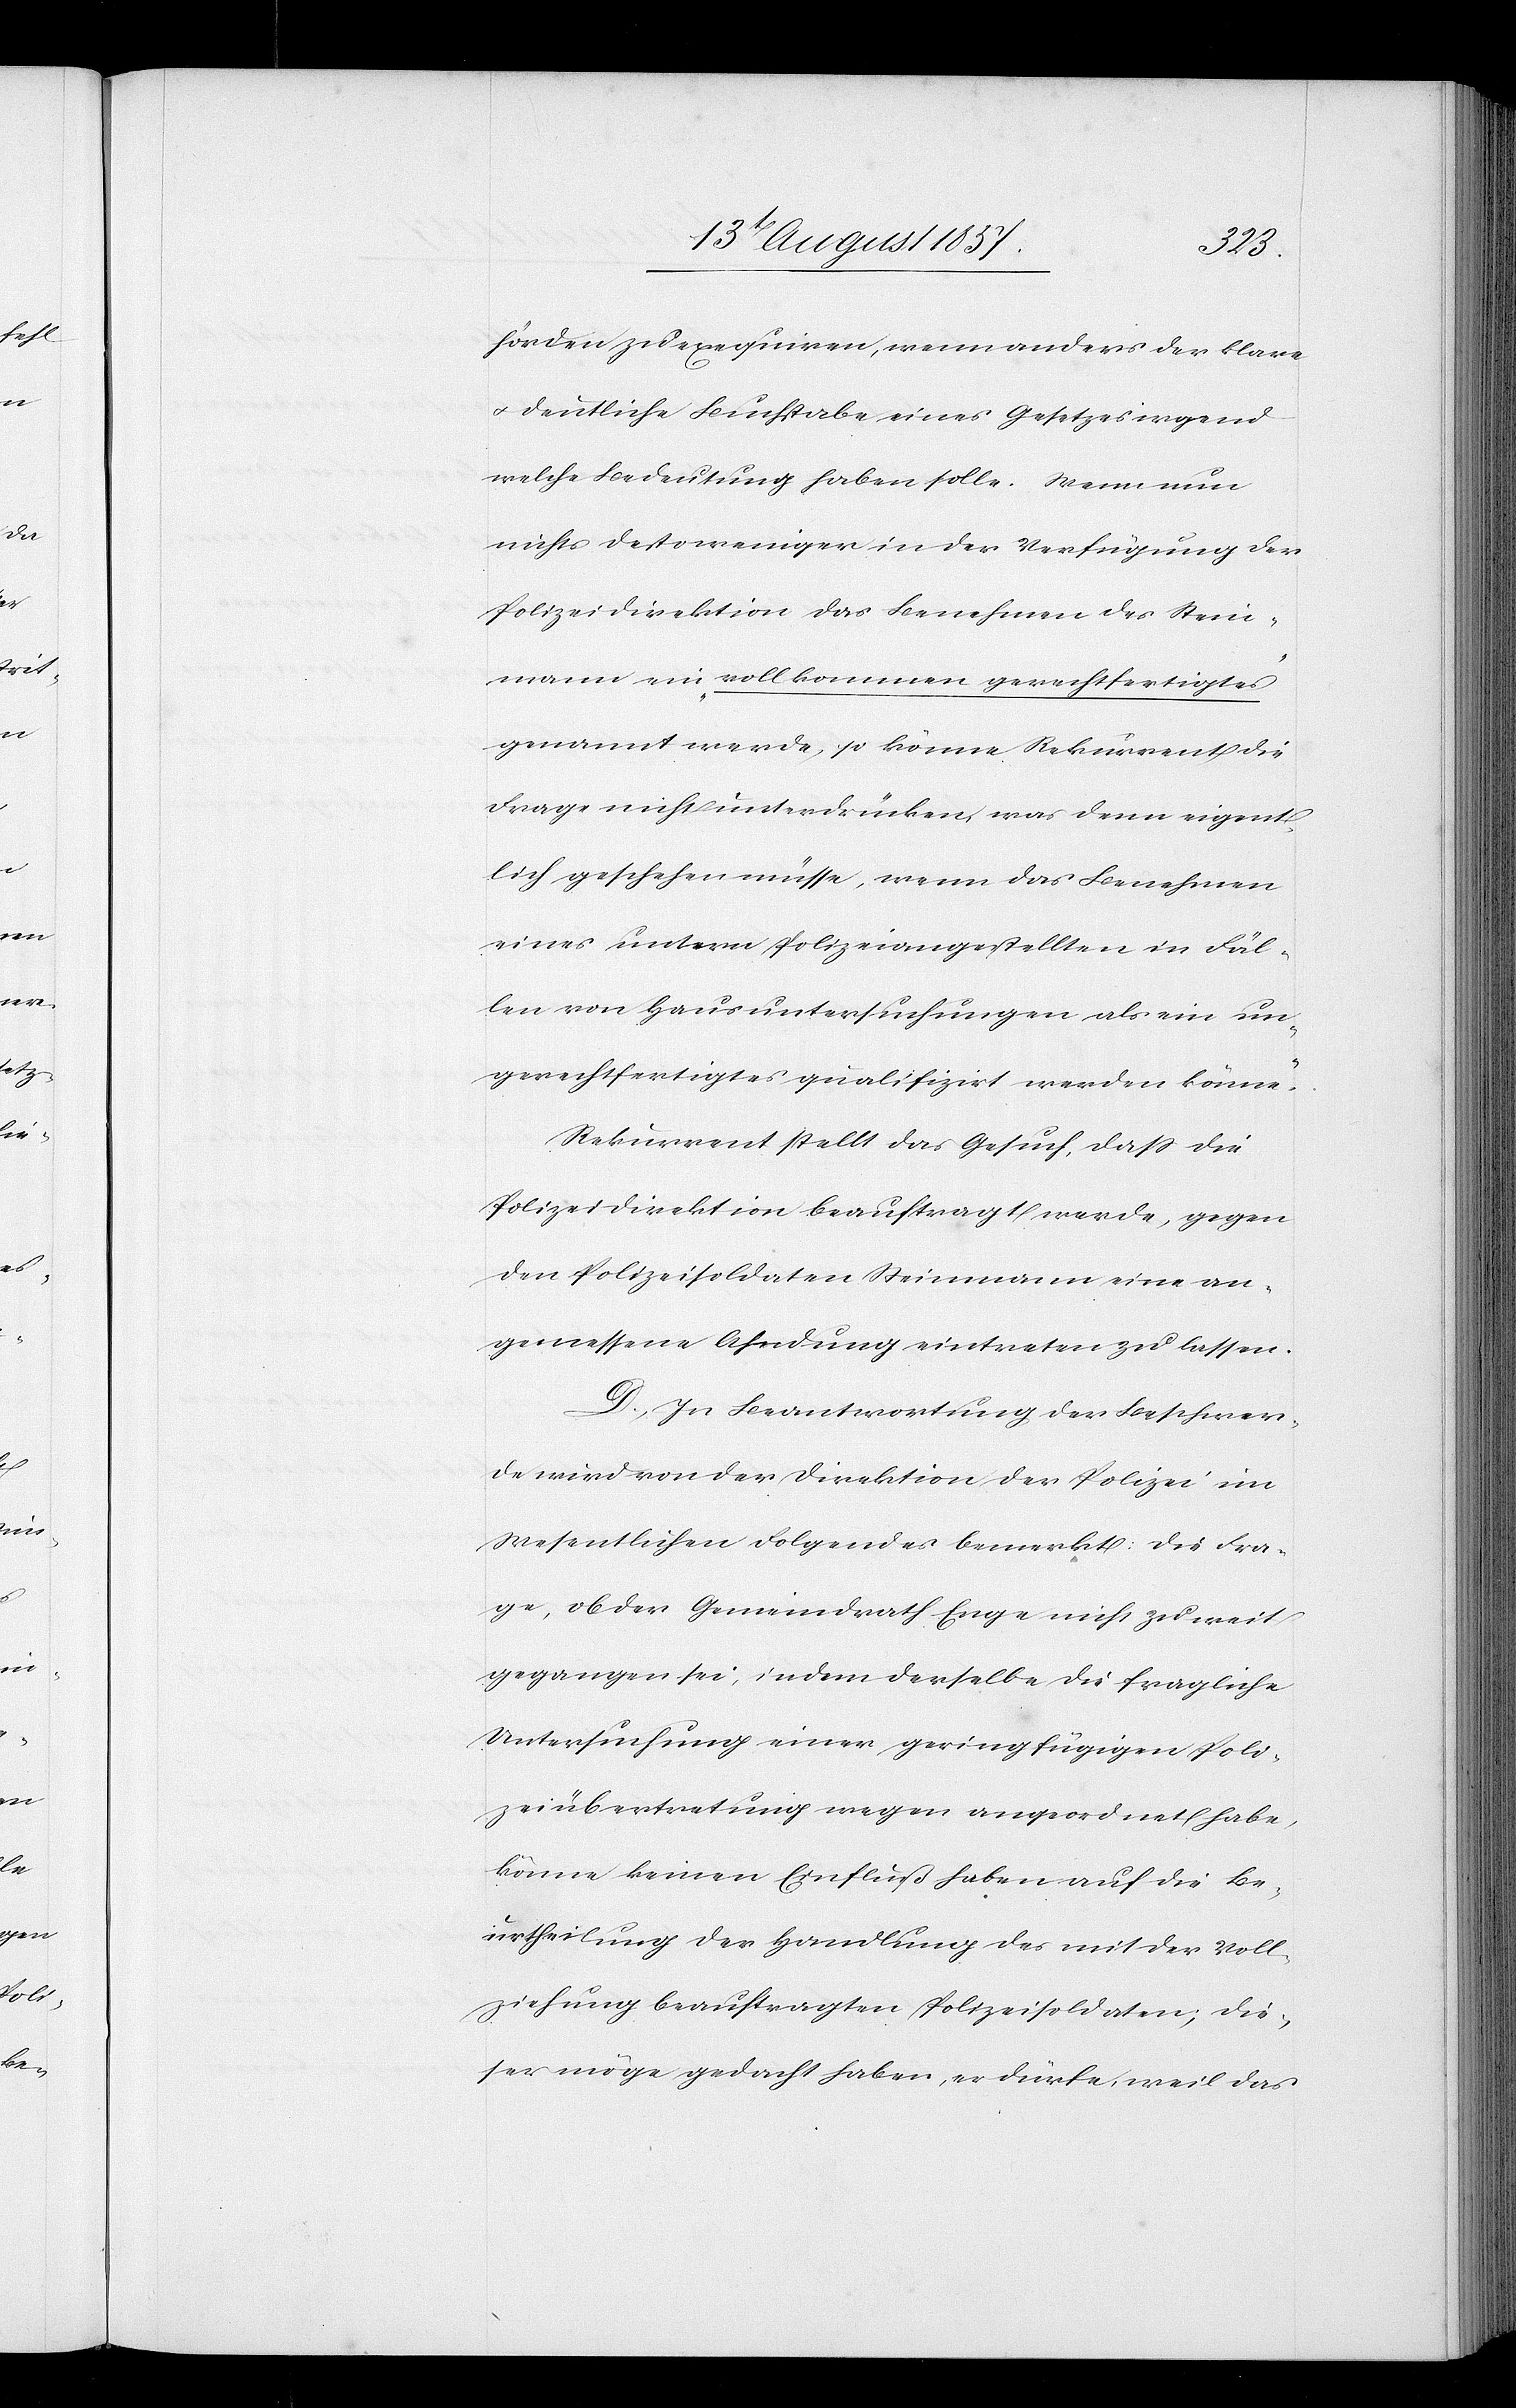
hörden zu exequiren, wenn anders der klare
& deutliche Buchstabe eines Gesetzes irgend¬
welche Bedeutung haben solle. Wenn nun
nichts destoweniger in der Verfügung der
Polizeidirektion das Benehmen des Stein¬
mann ein „vollkommen gerechtfertigtes“
genannt werde, so könne Rekurrent die
Frage nicht unterdrücken was denn eigent¬
lich geschehen müsse, wenn das Benehmen
eines untern Poilzeiangestellten in Fäl¬
len von Hausuntersuchungen als ein un¬
gerechtfertigtes qualifizirt werden könne?
Rekurrent stellt das Gesuch, daß die
Polizeidirektion beauftragt werde, gegen
den Polizeisoldaten Steinmann eine an¬
gemessene Ahndung eintreten zu lassen.
D. In Beantwortung der Beschwer¬
de wird von der Direktion der Polizei im
Wesentlichen Folgendes bemerkt: Die Fra¬
ge, ob der Gemeindrath Enge nicht zu weit
gegangen sei, indem derselbe die fragliche
Untersuchung einer geringfügigen Poli¬
zeiübertretung wegen angeordnet habe,
könne keinen Einfluß haben auf die Be¬
urtheilung der Handlung des mit der Voll¬
ziehung beauftragten Polizeisoldaten, die¬
ser möge gedacht haben, er dürfe, weil das